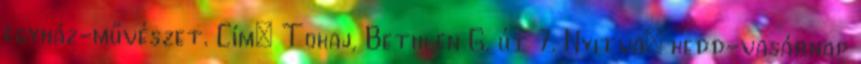
egyház-művészet. Cím: Tokaj, Bethlen G. út 7. Nyitva: kedd-vasárnap